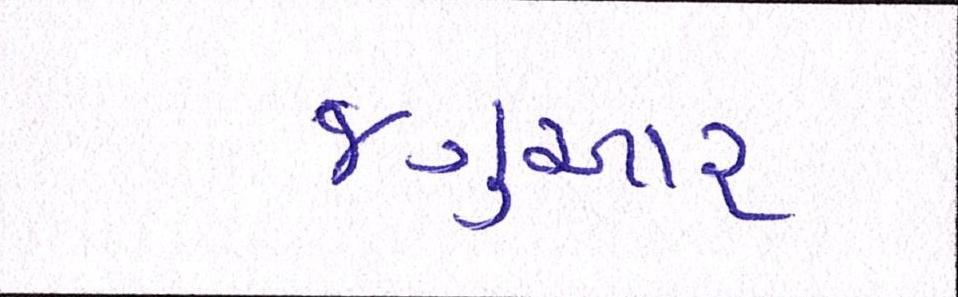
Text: જગુઆર